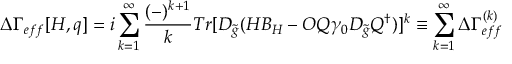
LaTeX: \Delta \Gamma _ { e f f } [ H , q ] = i \sum _ { k = 1 } ^ { \infty } \frac { ( - ) ^ { k + 1 } } { k } T r [ D _ { \tilde { g } } ( H B _ { H } - O Q \gamma _ { 0 } D _ { \tilde { g } } Q ^ { \dagger } ) ] ^ { k } \equiv \sum _ { k = 1 } ^ { \infty } \Delta \Gamma _ { e f f } ^ { ( k ) }